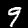
Digit: 9